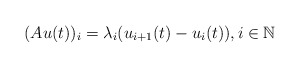
\begin{align*}(Au(t))_i=\lambda_i(u_{i+1}(t)-u_i(t)), i\in\mathbb{N}\end{align*}